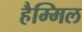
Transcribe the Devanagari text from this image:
हैम्मिल